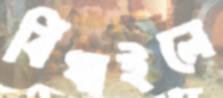
বিঁধাইলে